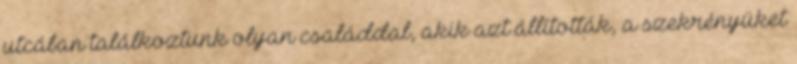
utcában találkoztunk olyan családdal, akik azt állították, a szekrényüket